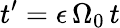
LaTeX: t^{\prime}=\epsilon\, \Omega_{0}\, t